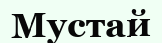
Мустай